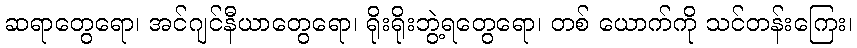
ဆရာတွေရော၊ အင်ဂျင်နီယာတွေရော၊ ရိုးရိုးဘွဲ့ရတွေရော၊ တစ် ယောက်ကို သင်တန်းကြေး၊